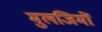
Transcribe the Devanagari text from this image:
मुलजिमों